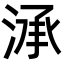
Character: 㴍